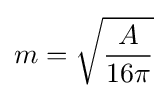
m={\sqrt {\frac {A}{16\pi }}}